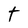
Character: t